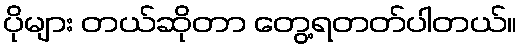
ပိုများ တယ်ဆိုတာ တွေ့ရတတ်ပါတယ်။